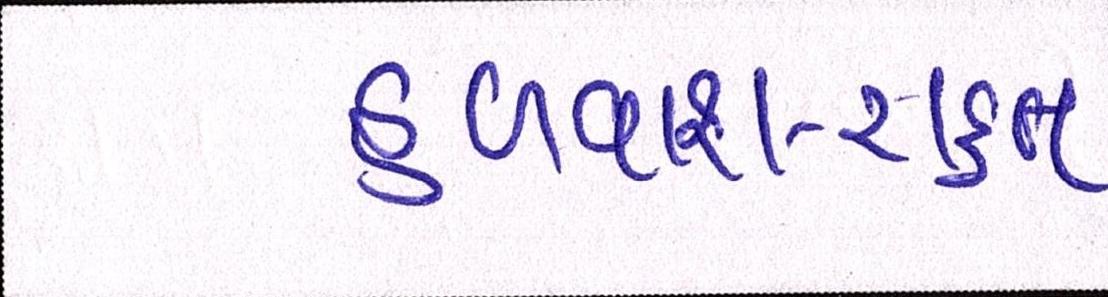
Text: હળવાશ-રાહત